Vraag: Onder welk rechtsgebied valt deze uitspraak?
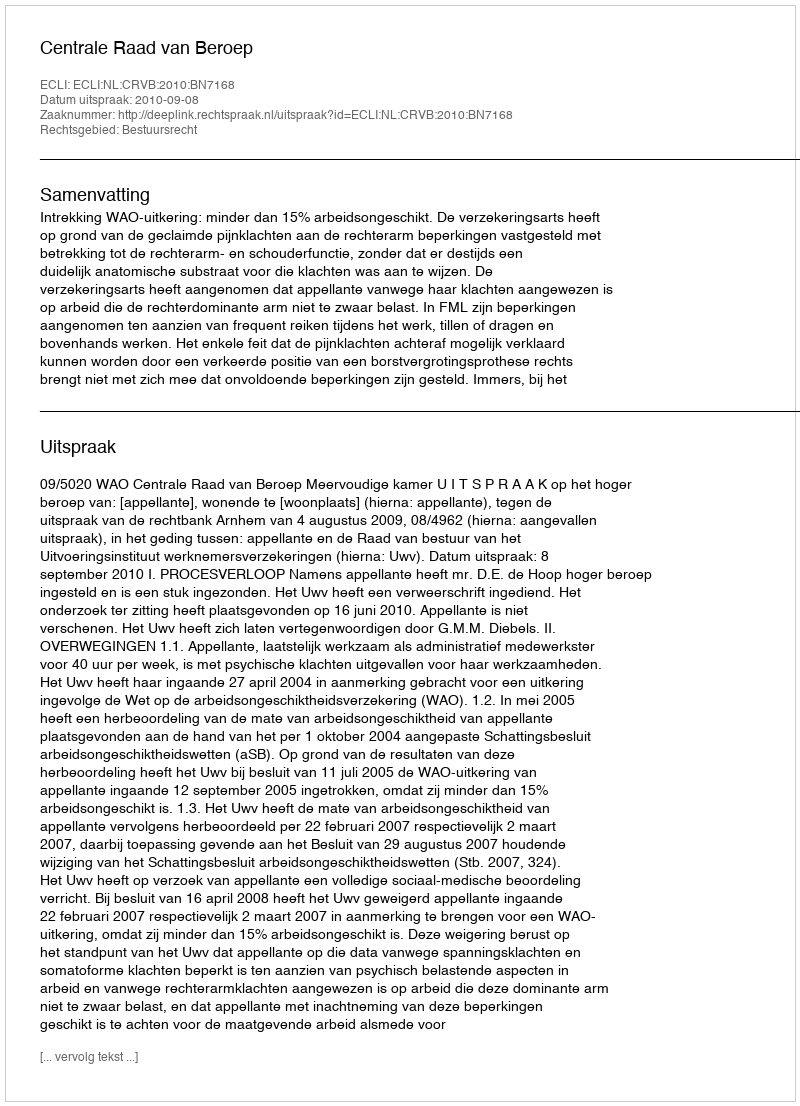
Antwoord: Bestuursrecht